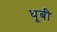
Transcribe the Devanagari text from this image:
धूबी